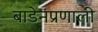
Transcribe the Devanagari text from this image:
बाडेनप्रणाली